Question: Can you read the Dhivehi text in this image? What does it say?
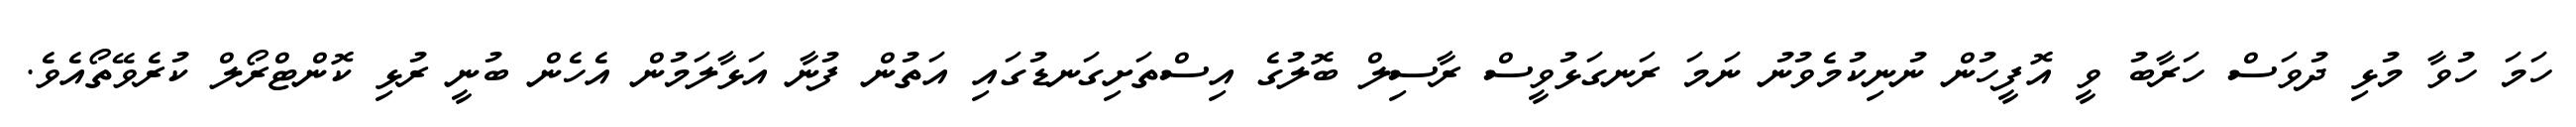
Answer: ހަމަ ހުވާ މުޅި ދުވަސް ހަރާބު ވީ އޮފީހުން ނުނިކުމެވުނު ނަމަ ރަނގަޅުވީސް ރާސިލް ބޮލުގެ އިސްތަށިގަނޑުގައި އަތުން ފުނާ އަޅާލަމުން އެހެން ބުނީ ރުޅި ކޮންޓްރޯލް ކުރެވޭތޯއެވެ.